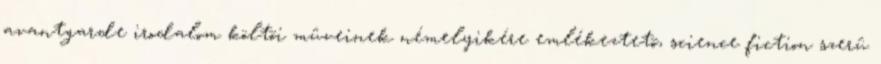
avantgarde irodalom költõi mûveinek némelyikére emlékeztetõ, science fiction szerû